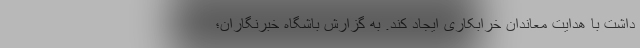
داشت با هدایت معاندان خرابکاری ایجاد کند. به گزارش باشگاه خبرنگاران؛